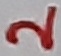
Text: 2